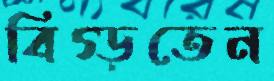
বিগ্‌ড়তেন